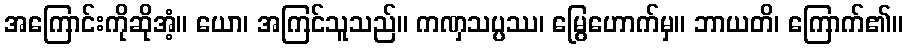
အကြောင်းကိုဆိုအံ့။ ယော၊ အကြင်သူသည်။ ကဏှသပ္ပဿ၊ မြွေဟောက်မှ။ ဘာယတိ၊ ကြောက်၏။